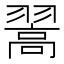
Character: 翯